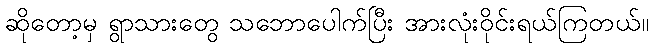
ဆိုတော့မှ ရွာသားတွေ သဘောပေါက်ပြီး အားလုံးဝိုင်းရယ်ကြတယ်။